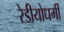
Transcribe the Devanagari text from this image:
रेडीयोधर्मी